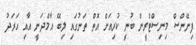
ފިނޭންސް މިނިސްޓްރީން ބުނީ ކުރިއަށް އޮތް ތަނުގައި ލިބޭ އާމްދަނީ އާއި ހަރަދު